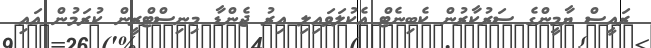
ރައީސް ޔާމީންގެ ސަރުކާރުން ކެބިނެޓް އެކުލަވައިލި އިރު ޖެންޑާ މިނިސްޓްރީން ކުރަމުން އައި